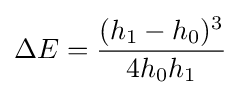
\Delta E={\frac {(h_{1}-h_{0})^{3}}{4h_{0}h_{1}}}